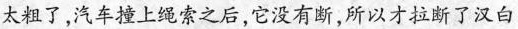
太粗了，汽车撞上绳索之后，它没有断，所以才拉断了汉白